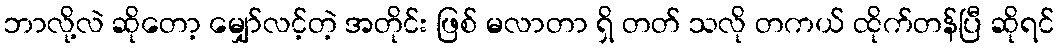
ဘာလို့လဲ ဆိုတော့ မျှော်လင့်တဲ့ အတိုင်း ဖြစ် မလာတာ ရှိ တတ် သလို တကယ် ထိုက်တန်ပြီ ဆိုရင်